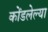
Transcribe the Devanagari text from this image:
कोंडलेल्या